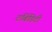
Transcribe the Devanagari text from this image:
टर्बिडिटी